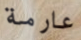
عارمة